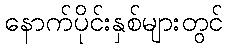
နောက်ပိုင်းနှစ်များတွင်